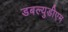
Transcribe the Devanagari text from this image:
डबल्युडीएम